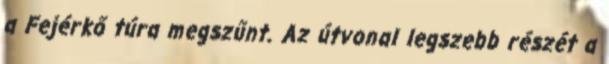
a Fejérkő túra megszűnt. Az útvonal legszebb részét a